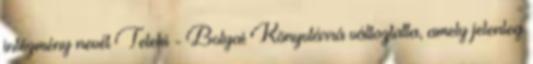
intézmény nevét Teleki - Bolyai Könyvtárrá változtatta, amely jelenleg